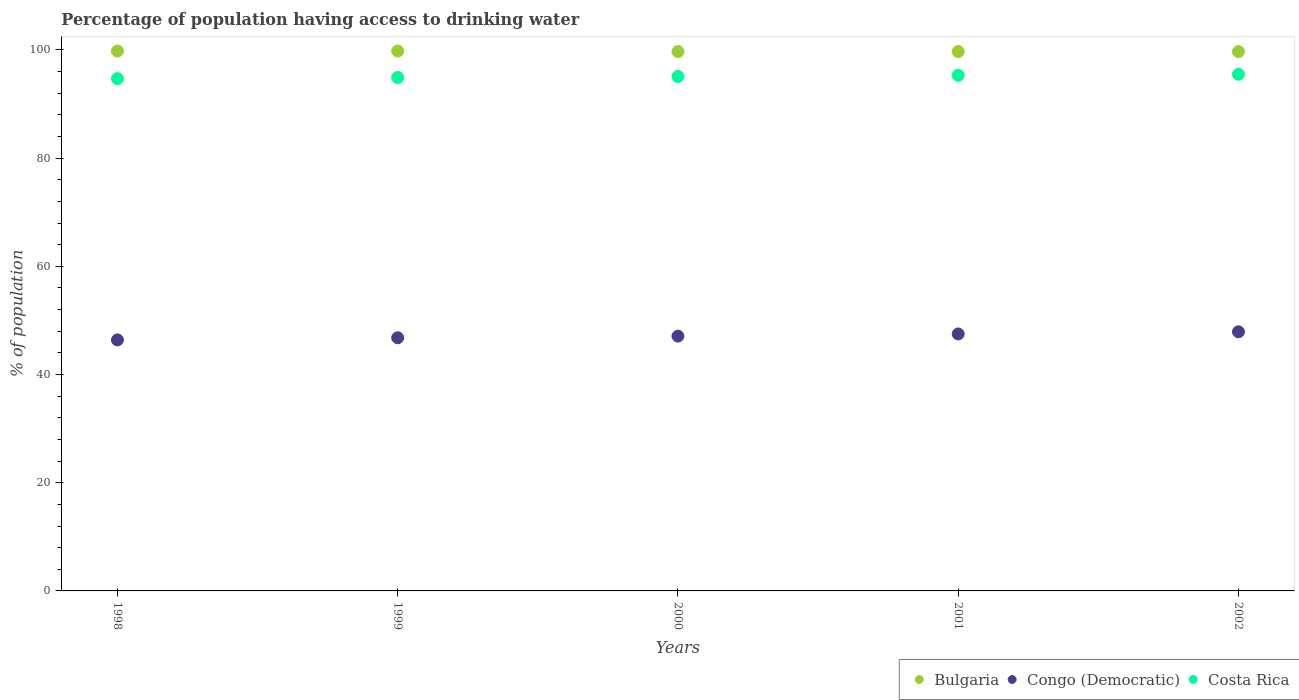
| Years | Bulgaria | Congo (Democratic) | Costa Rica |
 | --- | --- | --- | --- |
 | 1998 | 99.8 | 46.4 | 94.7 |
 | 1999 | 99.8 | 46.8 | 94.9 |
 | 2000 | 99.7 | 47.1 | 95.1 |
 | 2001 | 99.7 | 47.5 | 95.3 |
 | 2002 | 99.7 | 47.9 | 95.5 |